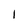
Character: 1